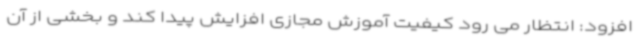
افزود: انتظار می رود کیفیت آموزش مجازی افزایش پیدا کند و بخشی از آن